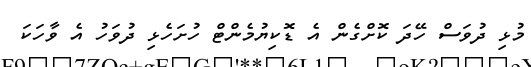
މުޅި ދުވަސް ހޭދަ ކޮށްގެން އެ ޑޮކިޔުމެންޓް ހުށަހެޅި ދުވަހު އެ ވާހަކަ